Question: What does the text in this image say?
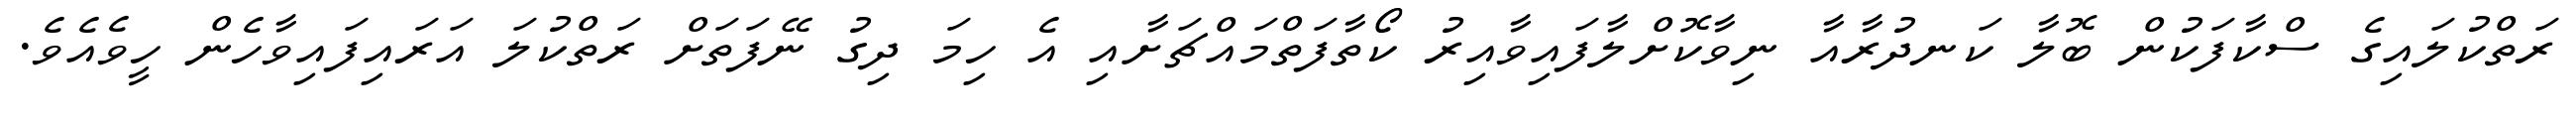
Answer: ރަތްކުލައިގެ ސްކާފަކުން ބޮލާ ކަނދުރާއާ ނިވާކޮށްލާފައިވާއިރު ކޯތާފަތްމައްޗަށާއި އެ ހިމަ ދިގު ނޭފަތަށް ރަތްކުލަ އަރައިފައިވާހެން ހީވެއެވެ.